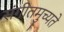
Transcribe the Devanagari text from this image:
संगीतमुच्यते